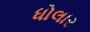
ધોલાર